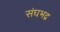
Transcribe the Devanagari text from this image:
संघभद्र